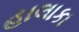
હાલાકા